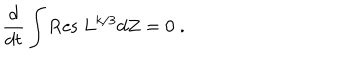
LaTeX: \frac { d } { d t } \int \mathrm { R e s ~ } L ^ { k / 3 } d Z = 0 \; .